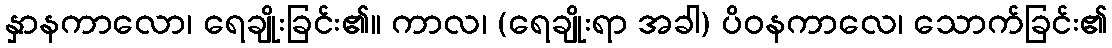
နှာနကာလော၊ ရေချိုးခြင်း၏။ ကာလ၊ (ရေချိုးရာ အခါ) ပိဝနကာလေ၊ သောက်ခြင်း၏